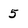
Character: 5